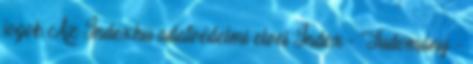
jogok Az Index.hu adatvédelmi elvei Index - Tudomány -